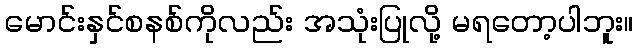
မောင်းနှင်စနစ်ကိုလည်း အသုံးပြုလို့ မရတော့ပါဘူး။